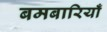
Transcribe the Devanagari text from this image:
बमबारियाँ